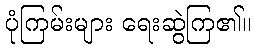
ပုံကြမ်းများ ရေးဆွဲကြ၏။